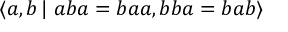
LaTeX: \langle a , b \, \vert \; a b a = b a a , b b a = b a b \rangle